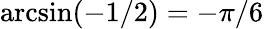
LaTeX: \arcsin(-1/2)=-\pi/6